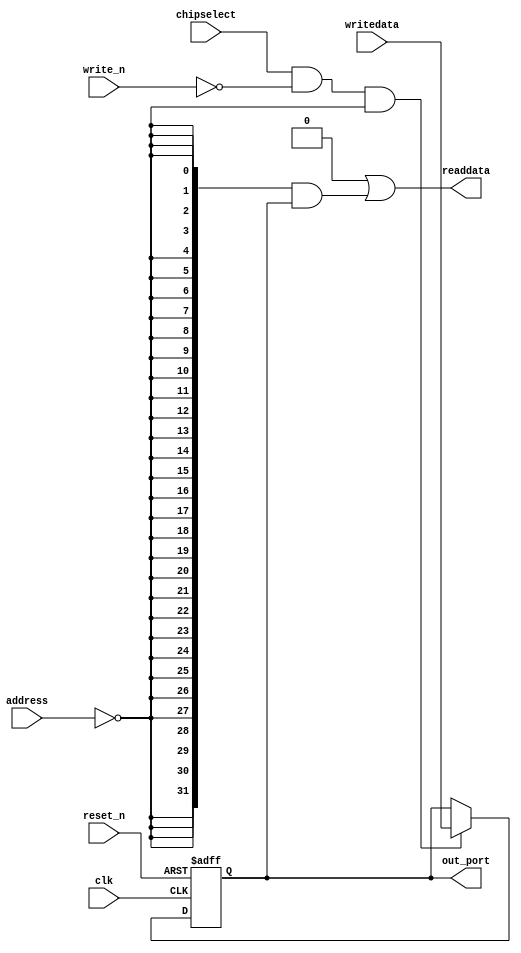
module system1_output0 (
                          address,
                          chipselect,
                          clk,
                          reset_n,
                          write_n,
                          writedata,
                          out_port,
                          readdata
                       )
;
  output  [ 31: 0] out_port;
  output  [ 31: 0] readdata;
  input   [  1: 0] address;
  input            chipselect;
  input            clk;
  input            reset_n;
  input            write_n;
  input   [ 31: 0] writedata;
wire             clk_en;
reg     [ 31: 0] data_out;
wire    [ 31: 0] out_port;
wire    [ 31: 0] read_mux_out;
wire    [ 31: 0] readdata;
  assign clk_en = 1;
  assign read_mux_out = {32 {(address == 0)}} & data_out;
  always @(posedge clk or negedge reset_n)
    begin
      if (reset_n == 0)
          data_out <= 0;
      else if (chipselect && ~write_n && (address == 0))
          data_out <= writedata[31 : 0];
    end
  assign readdata = {32'b0 | read_mux_out};
  assign out_port = data_out;
endmodule